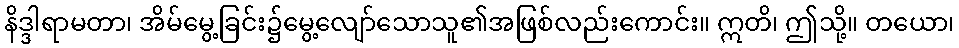
နိဒ္ဒါရာမတာ၊ အိမ်မွေ့ခြင်း၌မွေ့လျော်သောသူ၏အဖြစ်လည်းကောင်း။ ဣတိ၊ ဤသို့။ တယော၊